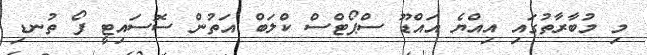
މި މުބާރާތުގައި އިއްޔެ އައްޑޫ ސްޕޯޓްސް ކްލަބް އަތުން ސޮސައިޓީ ފޯ ތުނޑި